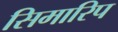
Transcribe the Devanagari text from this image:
सिमारिप